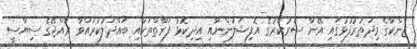
ޖެންކާގެ މިދަތުރުފުޅުގައި އޭނާ ސަރުކާރުގެ އޮފިޝަލުންނާއި އިދިކޮޅު ފަރާތްތަކާއި ބައްދަލުކުރައްވާ ރާއްޖޭގެ ސިޔާސީ